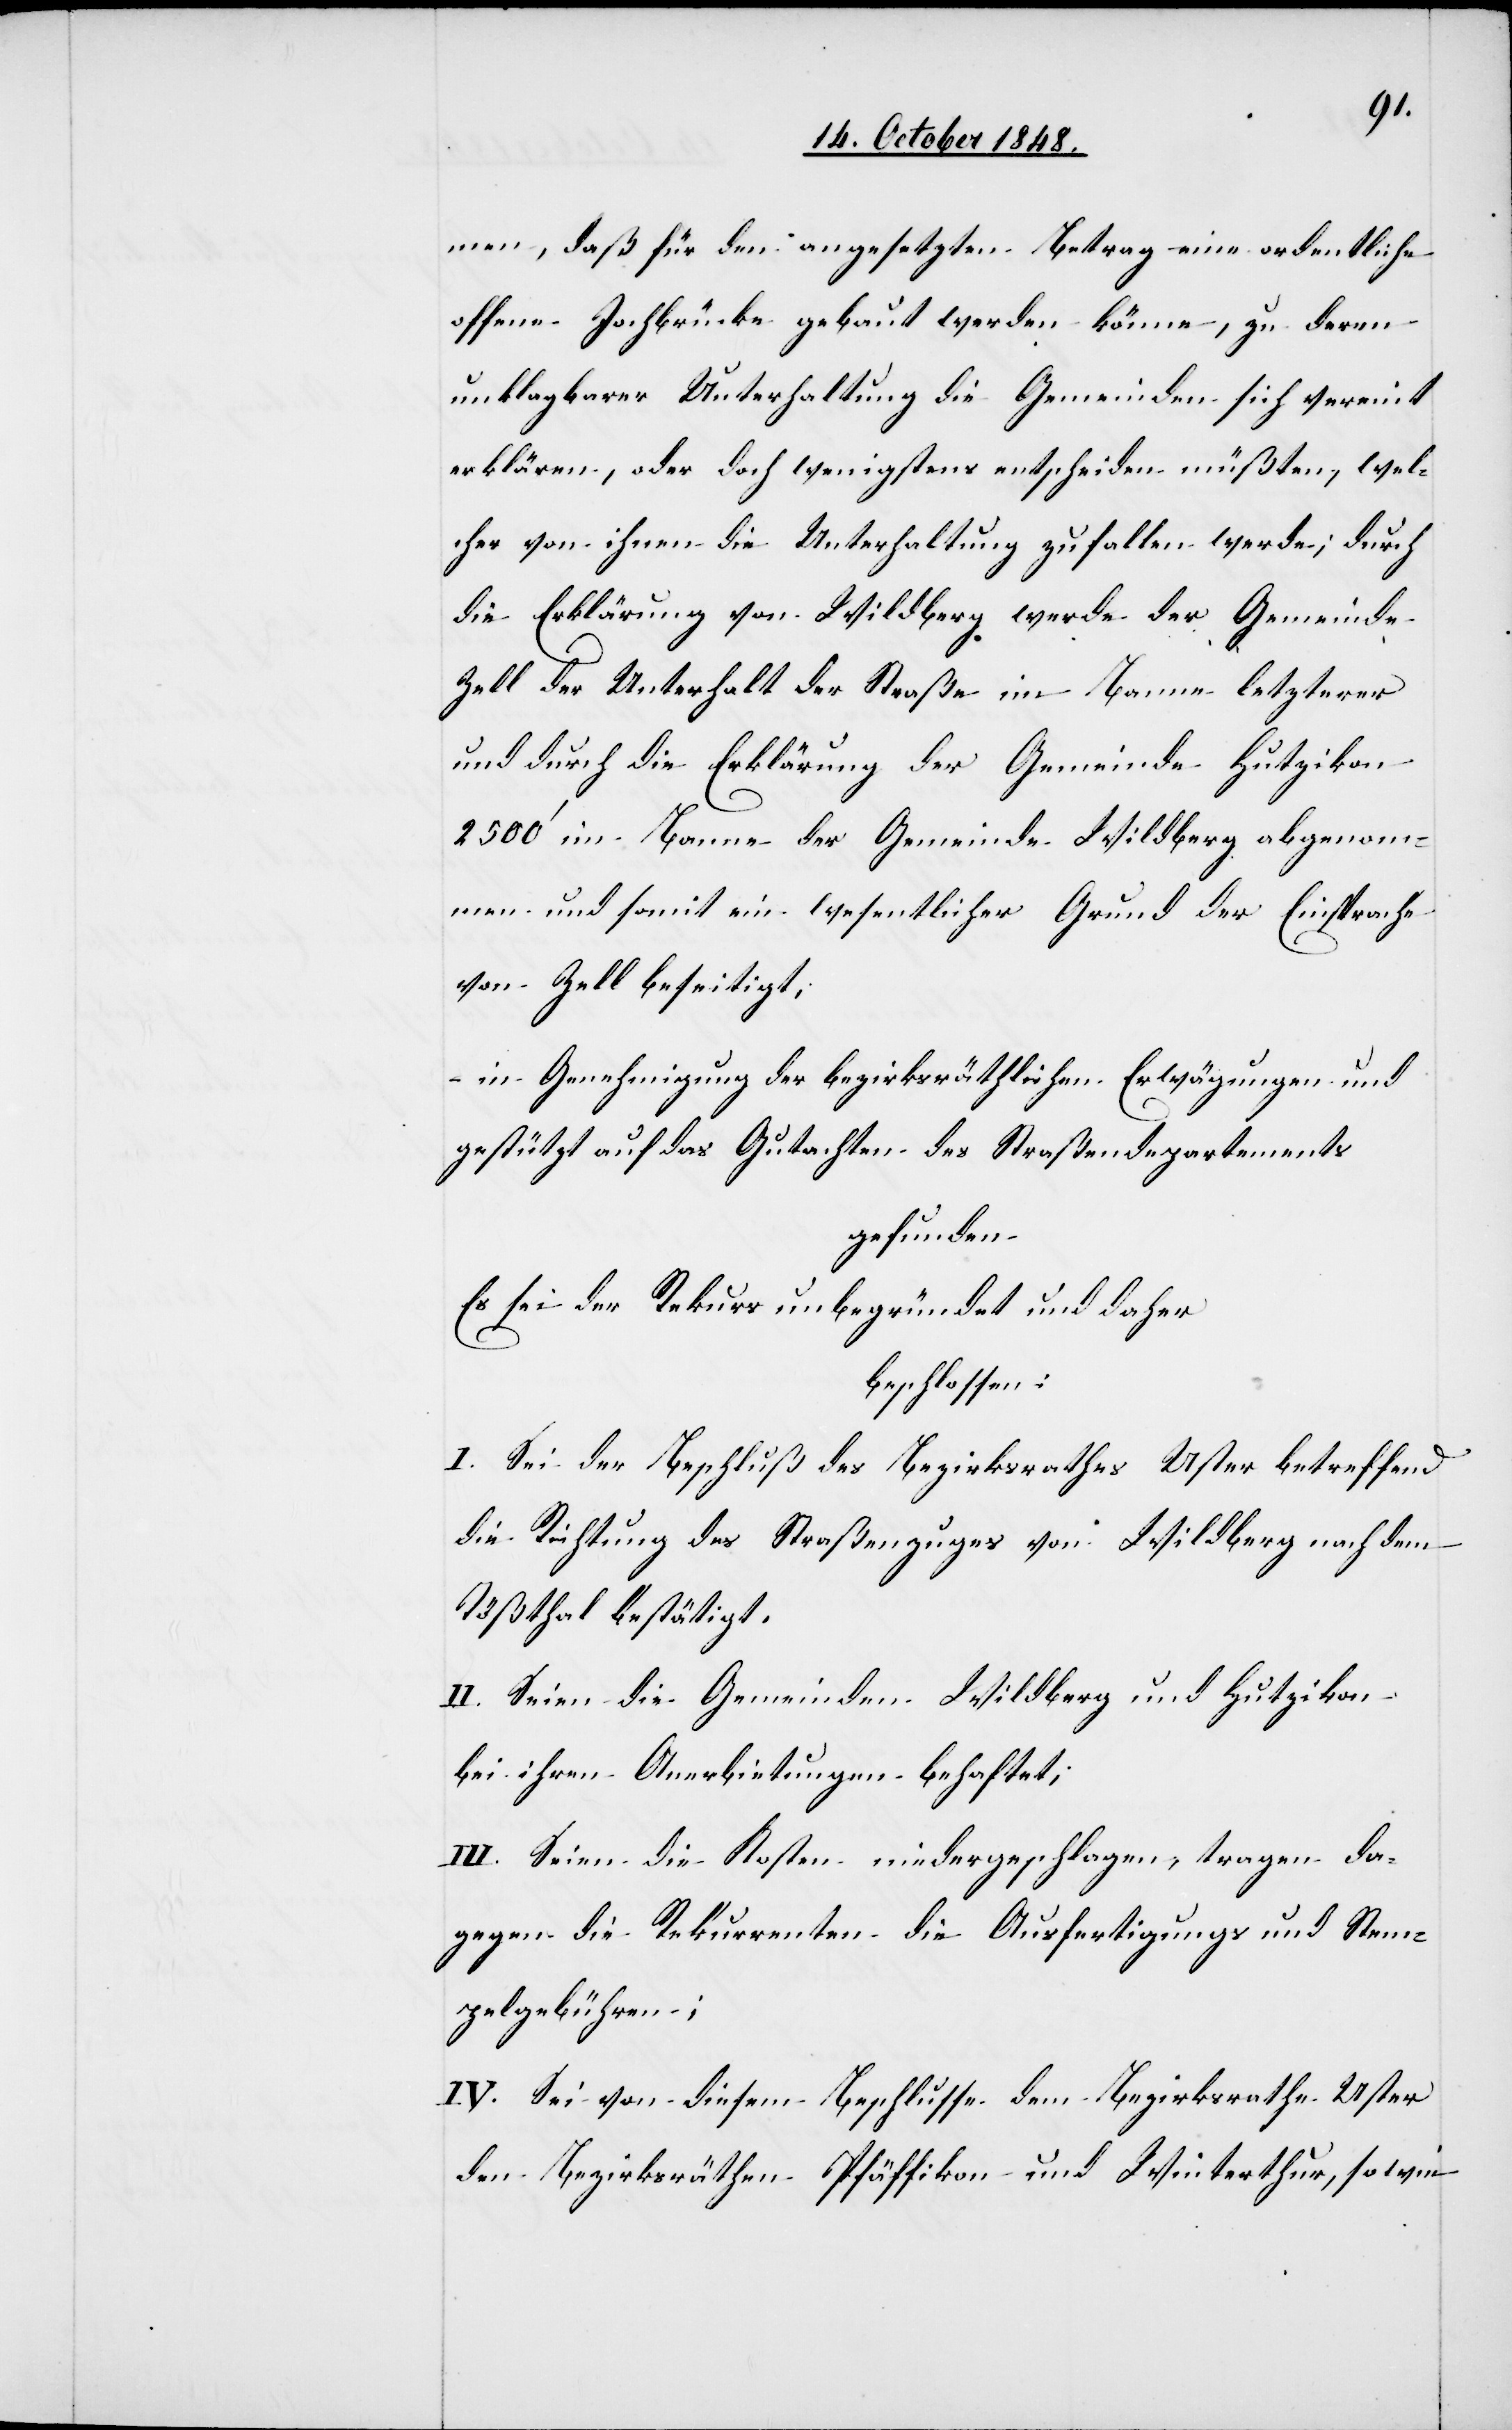
men, daß für den angesetzten Betrag eine ordentliche
offene Jochbrücke gekauft werden könne, zu deren
unklagbaren Unterhaltung die Gemeinden sich vereint
erklären, oder doch wenigstens entscheiden müßten, wel¬
cher von ihnen die Unterhaltung zufallen werde; durch
die Erklärung von Wildberg werde der Gemeinde
Zell der Unterhalt der Straße im Banne letzterer
und durch die Erklärung der Gemeinde Hutzikon
2500’ im Banne der Gemeinde Wildberg abgenom¬
men und somit ein wesentlicher Grund der Einsprache
von Zell beseitigt,
in Genehmigung der bezirksräthlichen Erwägungen und
gestützt auf das Gutachten des Straßendepartements
gefunden:
Es sei der Rekurs unbegründet und daher
beschlossen:
I. Sei der Beschluß des Bezirksrathes Uster betreffend
die Richtung des Straßenzuges von Wildberg nach dem
Tößthal bestätigt.
II. Seien die Gemeinden Wildberg und Hutzikon
bei ihren Anerbietungen behaftet;
III. Seien die Kosten niedergeschlagen, tragen da¬
gegen die Rekurrenten die Ausfertigungs[-] und Stem¬
pelgebühren;
IV. Sei von diesem Beschlusse dem Bezirksrathe Uster
den Bezirksräthen Pfäffikon und Winterthur, so wie